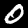
Label: 0